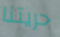
حريتنا